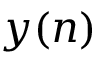
y ( n )